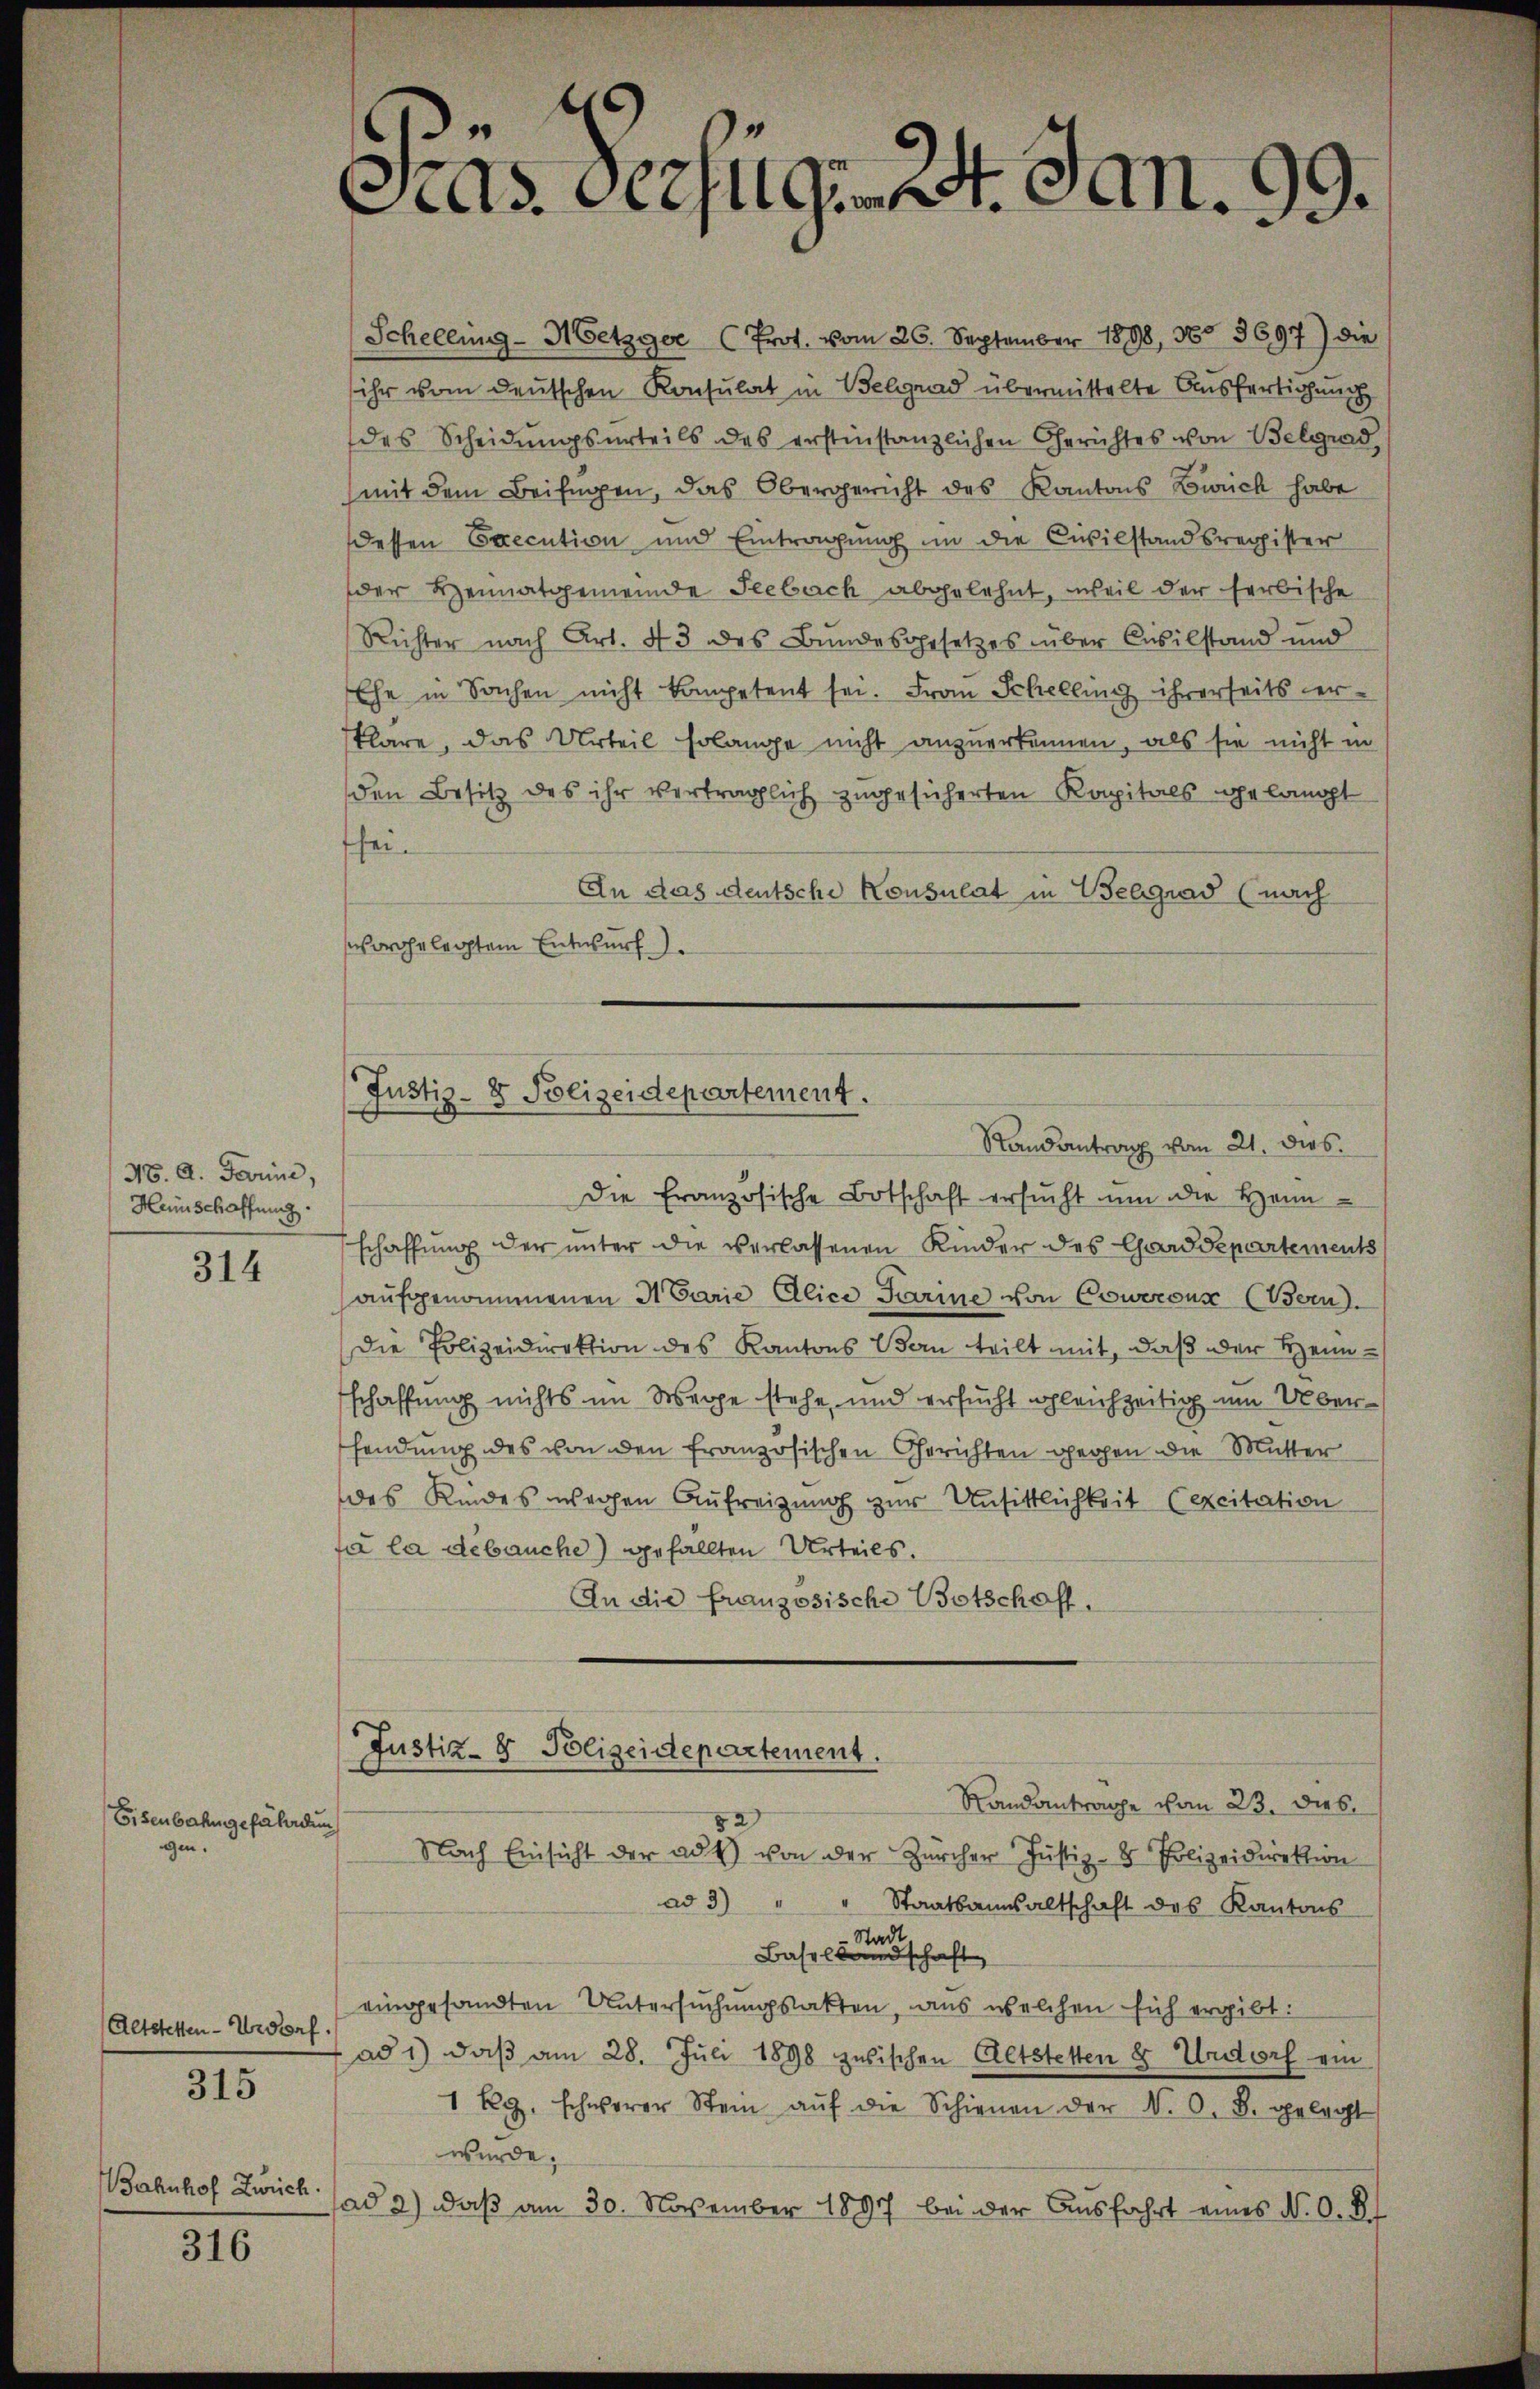
N. A. Darine,
Heinschaffung.

314

Eisenbahngefährdung
gen.

Altstetten-Urdorf

315

Bahnhof Zürich

316

t
C.ds. verzugt. Jan. 99.

Schellung - Metzger (Prot. vom 26. September 1898, No 3697) die
ihr vom deutschen Konsulat in Belgrad übermittelte Ausfertigung
des Scheidungsurteils des erstinstanzlichen Gerichtes von Belgrad
(mit dem Beifügen, das Obergericht des Kantons Zürich habe
dessen Execution und Eintragung im die Civilstandsregister
der Heimatgemeinde Seebach abgelehnt, weil der farbische
Richter nach Art. 43 des Bundesgesetzes über Civilstand und
Ehe in Sachen nicht kompetent sei. Frau Schelling ihrerseits erkläre, das Urteil solange nicht anzuerkennen, als sie nicht in
den Besitz des ihr verträglich zugesicherten Kapitals gelangt
ffei¬
An das deutsche Konsulat in Belgrad (nach
orgelegtem Entwurf.
Die Französische Botschaft ersŭcht um die Heinschaffŭng der ŭnter die verlassenen Kinder des Gardepartements
aufgenommenen Marie Ellice Parme von Coweraus (Bern
Die Polizeidirektion des Kantons Bau teilt mit, daß der Heimschaffung nichts im Wege stehe, und ersucht gleichzeitig um Übersendung des von den französischen Gerichten gegen die Mutter
des Kindes wegen Aufreizung zur Unsittlichkeit excitation
fa la debauche) gefällten Urteils.
An die französische Botschaft.
Justiz- & Polizeidepartement.
Standantrage vom 23. dies
Nach Einsicht der ad 1) von der Zürcher Justiz- & Polizeidirektion
ad 3) "
Staatsanwaltschaft des Kantons
Baselben erschaft
eingesandten Untersuchungsakten, aus welchen sich ergibt:
ad 1) daß am 28. Juli 1898 zwischen Altstetten & Urdorf ein
1 Kg. schwerer Stein aŭf die Schienen der N. O. B. gelegt
wurde.
ad 2) daß am 30. November 1891 bei der Ausfahrt eines N. O. S.

Justiz- & Polizeidepartement.
Randantrag vom 21. dies.